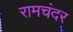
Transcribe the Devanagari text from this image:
रामचंदर